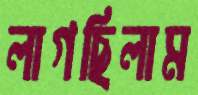
লাগছিলাম